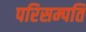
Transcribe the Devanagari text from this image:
परिसम्पति